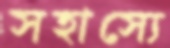
সহাস্যে